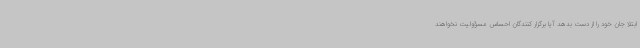
ابتلا جان خود را از دست بدهد آیا برگزار کنندگان احساس مسؤولیت نخواهند